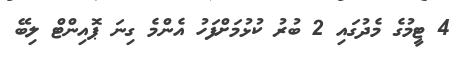
4 ޓީމުގެ މެދުގައި 2 ބުރު ކުޅުމަށްފަހު އެންމެ ގިނަ ޕޮއިންޓް ލިބޭ